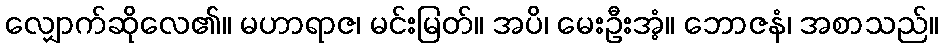
လျှောက်ဆိုလေ၏။ မဟာရာဇ၊ မင်းမြတ်။ အပိ၊ မေးဦးအံ့။ ဘောဇနံ၊ အစာသည်။